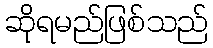
ဆိုရမည်ဖြစ်သည်